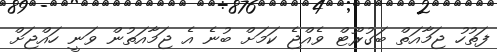
ފަތުހު ޖަމާއަތް ބަގުރޫޓް ވެއްޖެ ކަމަށް ބުނެ އެ ޖަމާއަތުން ވަނީ ހައްޖަށް